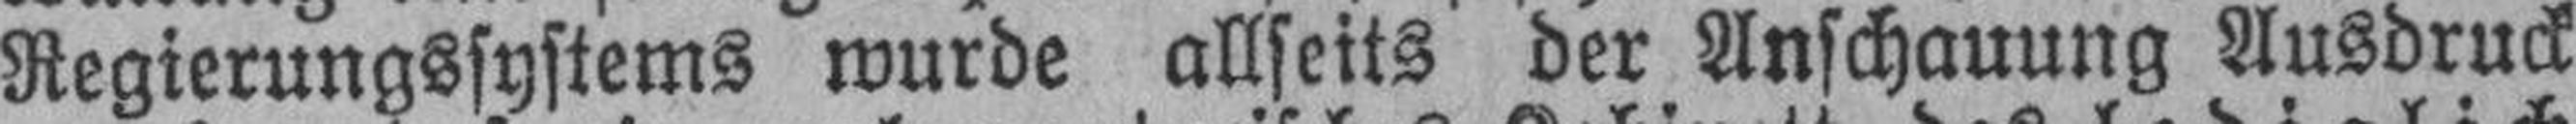
Regierungssystems wurde allseits der Anschauung Ausdruck